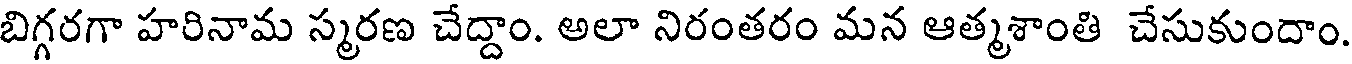
బిగ్గరగా హరినామ స్మరణ చేద్దాం. అలా నిరంతరం మన ఆత్మశాంతి చేసుకుందాం